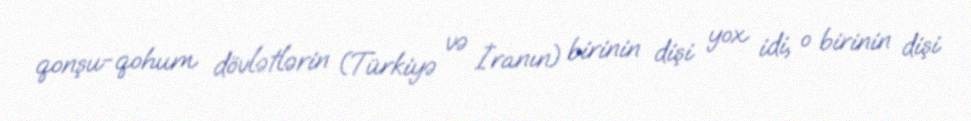
qonşu-qohum dövlətlərin (Türkiyə və İranın) birinin dişi yox idi, o birinin dişi